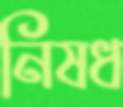
নিষধ